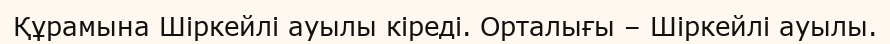
Құрамына Шіркейлі ауылы кіреді. Орталығы – Шіркейлі ауылы.